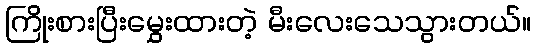
ကြိုးစားပြီးမွှေးထားတဲ့ မီးလေးသေသွားတယ်။